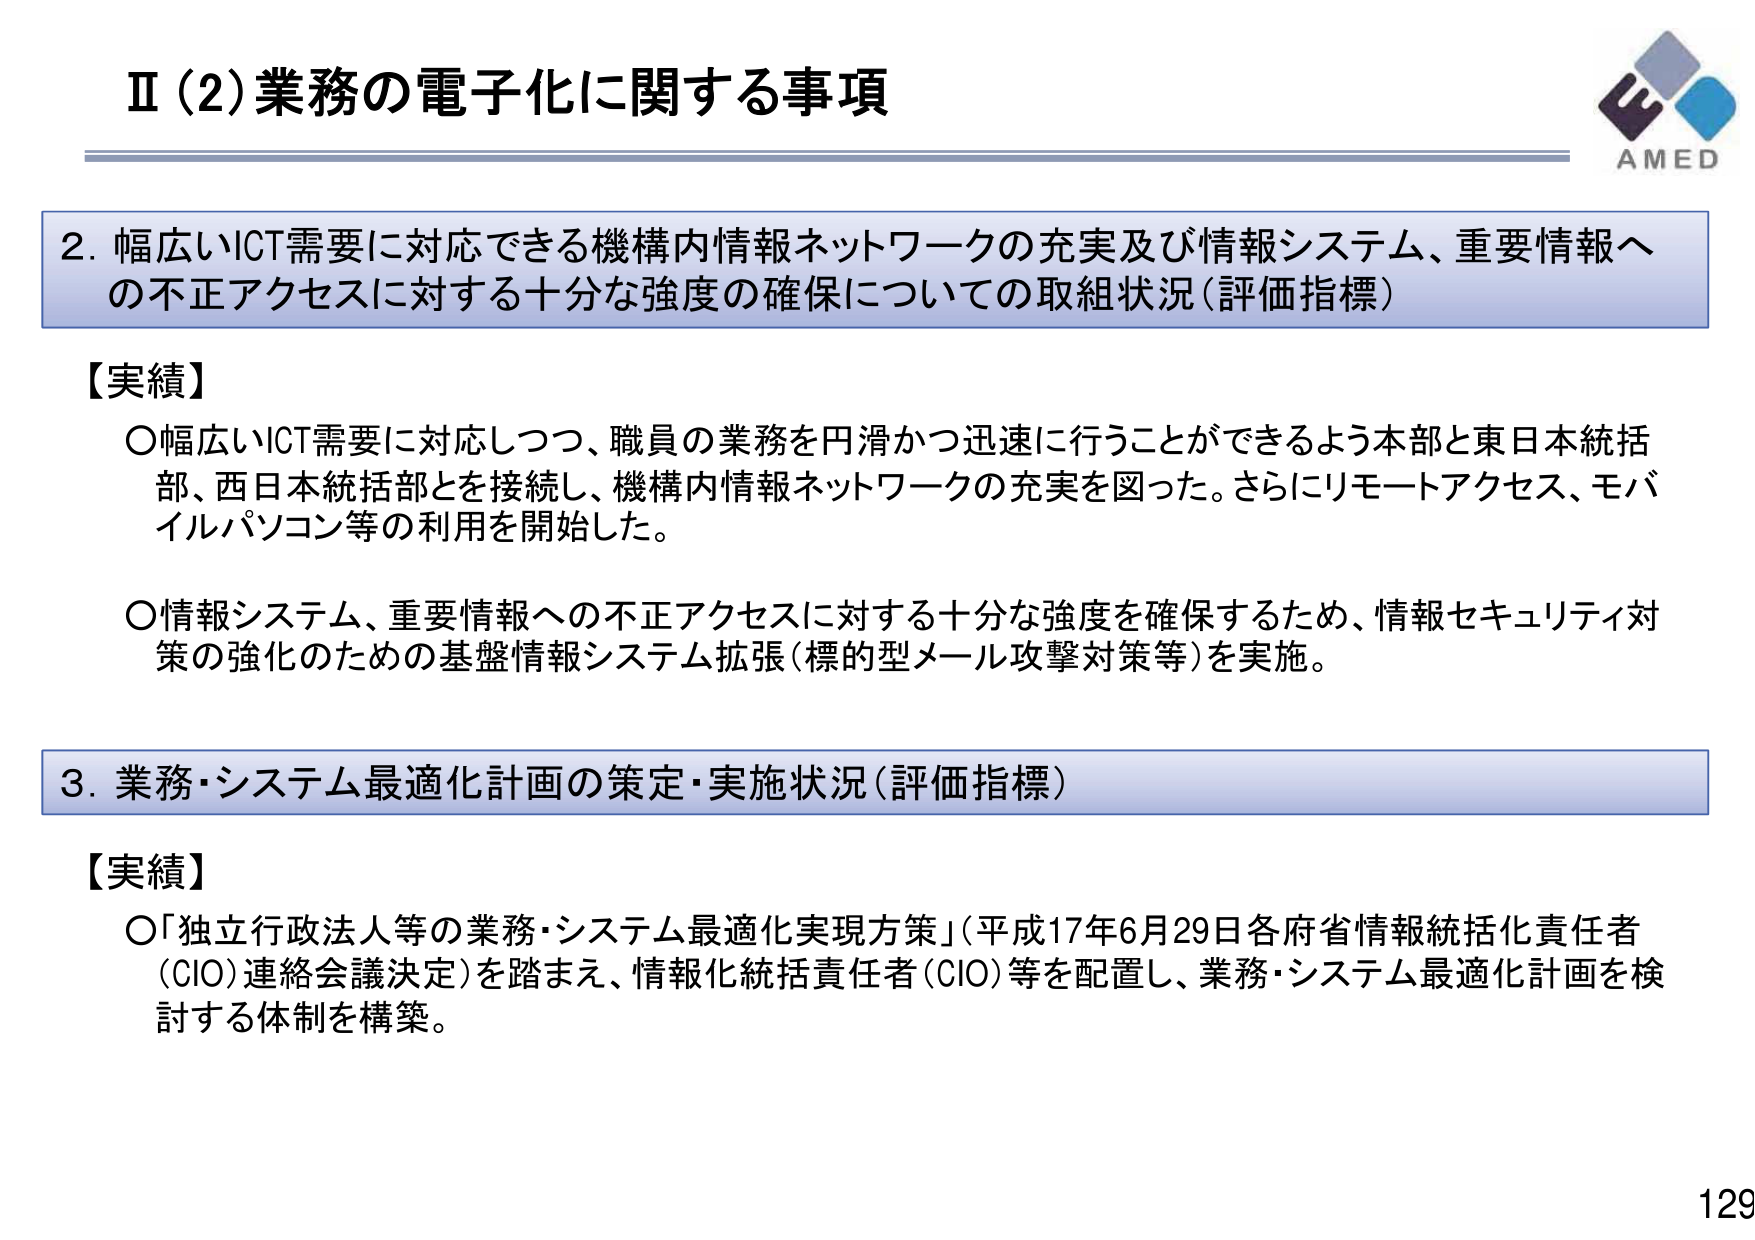
Ⅱ（2）業務の電子化に関する事項

2. 幅広いICT需要に対応できる機構内情報ネットワークの充実及び情報システム、重要情報への不正アクセスに対する十分な強度の確保についての取組状況（評価指標）

【実績】
○ 幅広いICT需要に対応しつつ、職員の業務を円滑かつ迅速に行うことができるよう本部と東日本統括部、西日本統括部とを接続し、機構内情報ネットワークの充実を図った。さらにリモートアクセス、モバイルパソコン等の利用を開始した。
○ 情報システム、重要情報への不正アクセスに対する十分な強度を確保するため、情報セキュリティ対策の強化のための基盤情報システム拡張（標的型メール攻撃対策等）を実施。

3. 業務・システム最適化計画の策定・実施状況（評価指標）

【実績】
○ 「独立行政法人等の業務・システム最適化実現方策」（平成17年6月29日各府省情報統括化責任者（CIO）連絡会議決定）を踏まえ、情報化統括責任者（CIO）等を配置し、業務・システム最適化計画を検討する体制を構築。

AMED
129